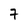
Character: 7